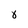
Character: 8